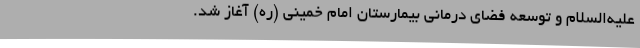
علیه‌السلام و توسعه‌ فضای درمانی بیمارستان امام خمینی (ره) آغاز شد.